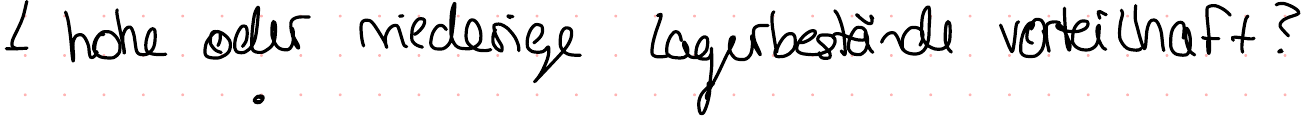
hohe oder niedrige Lagerbestände vorteilhaft?